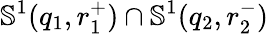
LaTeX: \mathbb{S}^{1}(q_{1},r_{1}^{+})\cap\mathbb{S}^{1}(q_{2},r_{2}^{-})